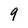
Character: 9